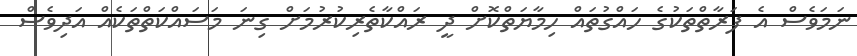
ނަމަވެސް އެ ފަރާތްތަކުގެ ހައްގުތައް ހިމާޔަތްކޮށް ދީ ރައްކާތެރިކުރުމަށް ގިނަ މަސައްކަތްތަކެއް އަދިވެސް